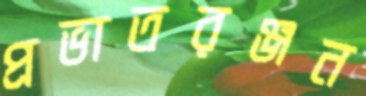
প্রভাতরঞ্জন